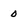
Character: 0